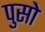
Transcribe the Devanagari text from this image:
पुसो